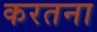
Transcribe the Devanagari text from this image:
करतना